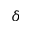
\delta